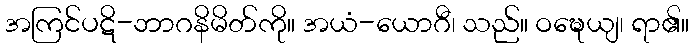
အကြင်ပဋိ-ဘာဂနိမိတ်ကို။ အယံ-ယောဂီ၊ သည်။ ဝဍ္ဎေယျ၊ ရာ၏။